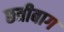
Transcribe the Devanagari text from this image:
छत्रीबाग